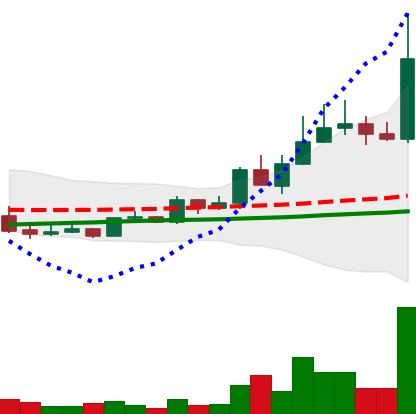
Ticker: LINK-USD
Chart end date: 2019-05-14
Forward return: 20.808%
Label: up_7plus